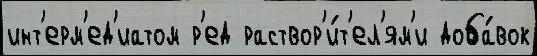
инт'ерм'ед'иатом р'ед раствор'и́т'ел'ям'и доба́вок